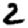
Digit: 2